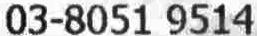
03-8051 9514